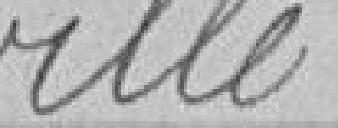
ville